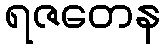
ရဇတေန